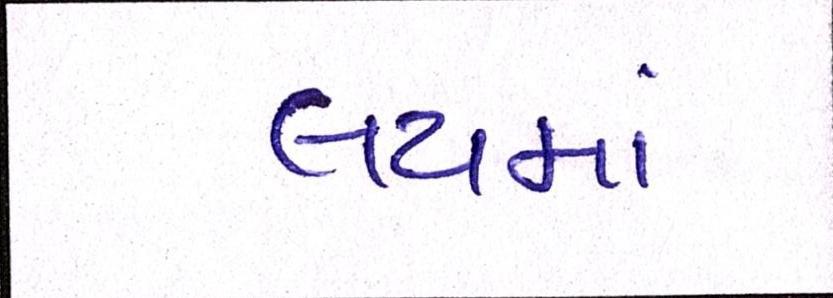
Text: લયમાં